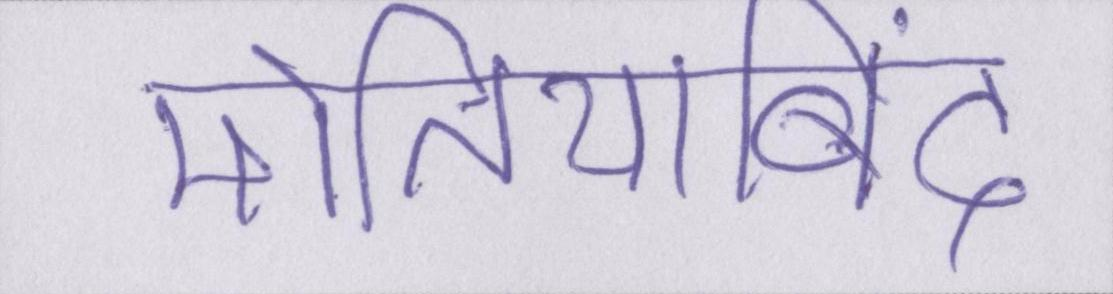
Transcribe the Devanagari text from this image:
मोतियाबिंद